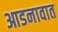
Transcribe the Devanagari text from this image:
आडनावात